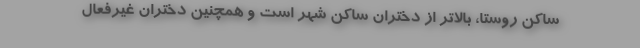
ساکن روستا، بالاتر از دختران ساکن شهر است و همچنین دختران غیرفعال